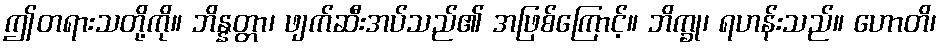
ဤတရားသတို့ကို။ ဘိန္နတ္တာ၊ ဖျက်ဆီးအပ်သည်၏ အဖြစ်ကြောင့်။ ဘိက္ခု၊ ရဟန်းသည်။ ဟောတိ၊